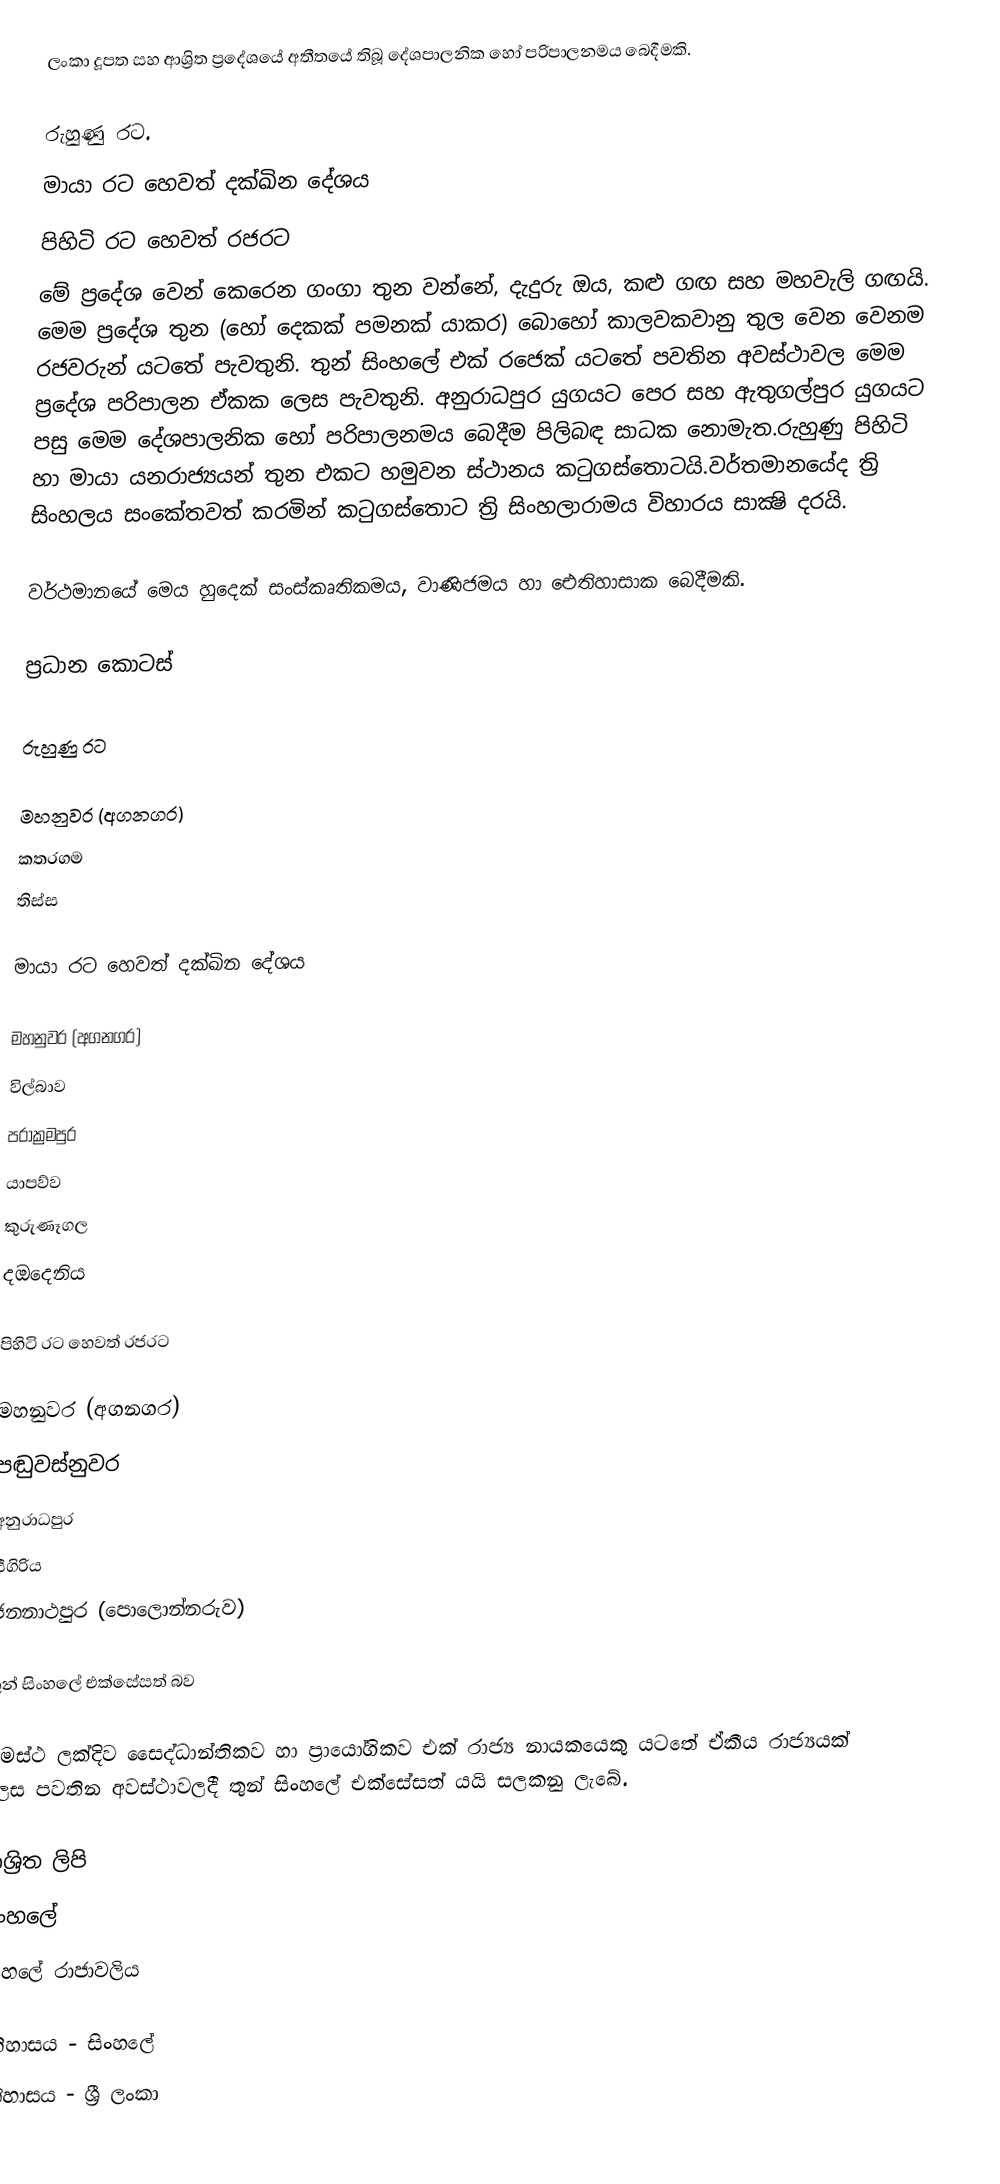
ලංකා දූපත සහ ආශ්‍රිත ප්‍රදේශයේ අතීතයේ තිබූ දේශපාලනික හෝ පරිපාලනමය බෙදීමකි.

 රුහුණු රට.
 මායා රට හෙවත් දක්ඛින දේශය
 පිහිටි රට හෙවත් රජරට
මේ ප්‍රදේශ වෙන් කෙරෙන ගංගා තුන වන්නේ, දැදුරු ඔය, කළු ගඟ සහ මහවැලි ගඟයි. මෙම ප්‍රදේශ තුන (හෝ දෙකක් පමනක් යාකර) බොහෝ කාලවකවානු තුල වෙන වෙනම රජවරුන් යටතේ පැවතුනි.  තුන් සිංහලේ එක් රජෙක් යටතේ පවතින අවස්ථාවල මෙම ප්‍රදේශ පරිපාලන ඒකක ලෙස පැවතුනි. අනුරාධපුර යුගයට පෙර සහ ඇතුගල්පුර යුගයට පසු මෙම දේශපාලනික හෝ පරිපාලනමය බෙදීම පිලිබඳ සාධක නොමැත.රුහුණු පිහිටි හා මායා යනරාජ්‍යයන් තුන එකට හමුවන ස්ථානය කටුගස්තොටයි.වර්තමානයේද ත්‍රි සිංහලය  සංකේතවත් කරමින් කටුගස්තොට  ත්‍රි සිංහලාරාමය විහාරය සාක්‍ෂි දරයි.

වර්ථමානයේ මෙය හුදෙක් සංස්කෘතිකමය, වාණිජමය හා ඓතිහාසාක බෙදීමකි.

ප්‍රධාන කොටස්

රුහුණු රට

මහනුවර (අගනගර)
 කතරගම
 තිස්ස

මායා රට හෙවත් දක්ඛින දේශය

මහනුවර (අගනගර)
 විල්බාව
 පරාක්‍රමපුර
 යාපව්ව
 කුරුණෑගල
 දඔදෙනිය

පිහිටි රට හෙවත් රජරට

මහනුවර (අගනගර)
 පඬුවස්නුවර
 අනුරාධපුර
 සීගිරිය
 ජනනාථපුර (පොලොන්නරුව)

තුන් සිංහලේ එක්සේසත් බව

සමස්ථ ලක්දිව සෛද්ධාන්තිකව හා ප්‍රායෝගිකව එක් රාජ්‍ය නායකයෙකු යටතේ ඒකීය රාජ්‍යයක් ලෙස පවතින අවස්ථාවලදී තුන් සිංහලේ එක්සේසත් යයි සලකනු ලැබේ.

ආශ්‍රිත ලිපි
 සිංහලේ
 සිංහලේ රාජාවලිය

ඉතිහාසය - සිංහලේ
ඉතිහාසය - ශ්‍රී ලංකා